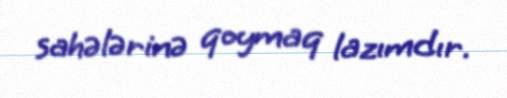
sahələrinə qoymaq lazımdır.